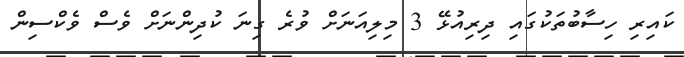
ކައިރި ހިސާބުތަކުގައި ދިރިއުޅޭ 3 މިލިއަނަށް ވުރެ ގިނަ ކުދިންނަށް ވެސް ވެކްސިން